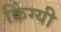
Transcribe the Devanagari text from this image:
किंग्यी